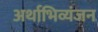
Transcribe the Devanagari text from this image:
अर्थाभिव्यंजन